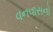
વનવાસનો